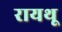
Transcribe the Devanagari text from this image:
रायथू